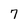
Character: 7